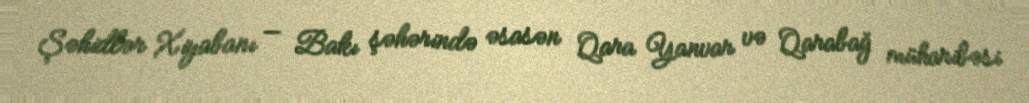
Şəhidlər Xiyabanı — Bakı şəhərində əsasən Qara Yanvar və Qarabağ müharibəsi